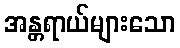
အန္တရာယ်များသော